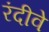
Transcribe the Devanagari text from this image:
रंदीवे